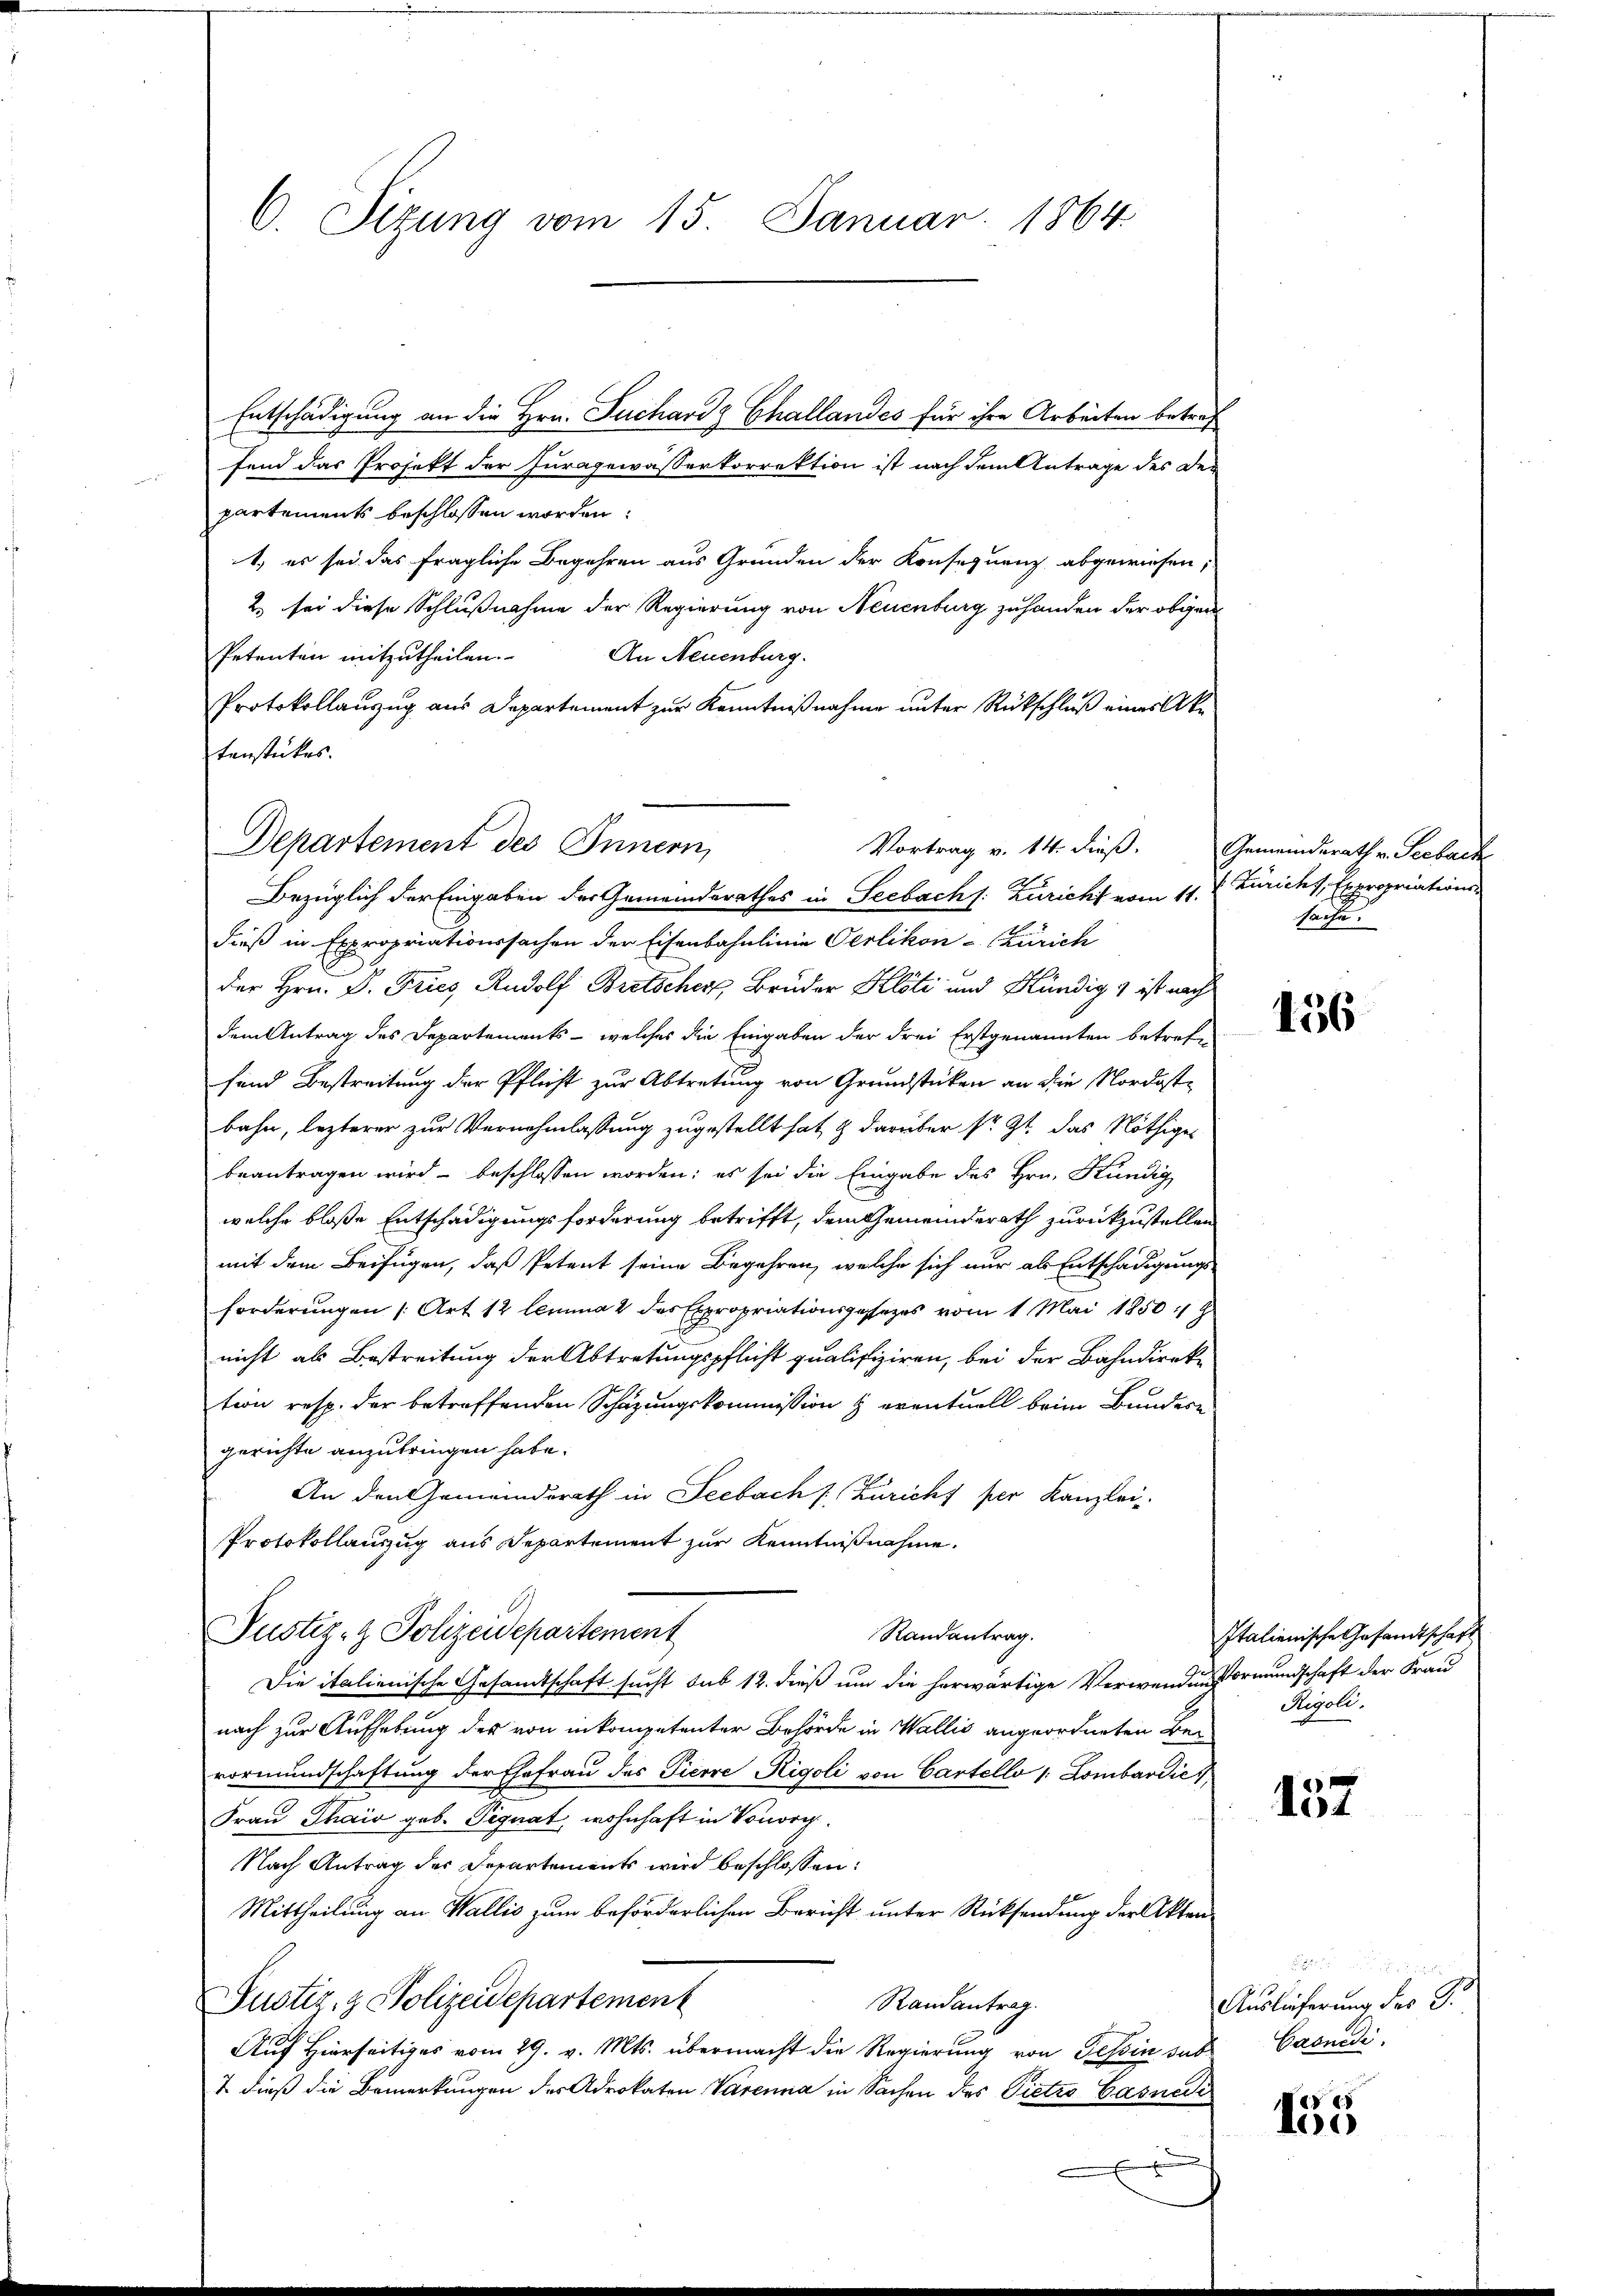
C. Sizung vom 15. Januar 1864

Entschädigung an die Hrn. Fuchards Challandes für ihre Arbeiten betref
fend das Projekt der Juragewässerkorrektion ist nach dem Antrage des Departements beschlossen worden.
1.) es sei das fragliche Begehren aus Grunden der Konsequenz abgewiesen,
2. sei diese Schlußnahme der Regierung von Neuenburg zuhanden der obgen
Petenten mitzutheilen. An Neuenburg.
Protokollanzug aus Departement zur Kenntnißnahme unter Rückschluß eines Aktenstückes.
Bezüglich der Eingaben der Gemeindsrathes in Seebach s. Züricht vom 11. J. Züricht, Expropriations-
dieß in Expropriationssachen der Eisenbahnlinie Oerlikon-Zürich
der Hrn. P. Fries, Rudolf Bretscher, Bruder Klöti und Kündig & ist nach
dem Antrag des Departements - welches die Eingaben der drei Erstgenannten betreffand Bestreitung der Pflicht zur Abtretung von Grundstücken an die Nordostbahn, lezterer zur Vernehmlassung zugestellt hat, & darüber sr. Zt. das Nöthiger
beantragen wird beschlossen worden; es sei die Eingabe des Hrn. Stündig
welche bloße Entschädigungsforderung betrifft, dem Gemeinderath zurückzustellen
mit dem Beifügen, daß Petent seine Begehren, welche sich nur als Entschädigungsforderungen (Art. 12 lemma 2 des Expropriationsgesezes vom 1. Mai 1850 :/ z
nicht als Bestreitung der Abtretungspflicht qualifiziren, bei der Bahndirektion resp. der betreffenden Schazungskommission & eventuell beim Bundern
gerichte anzubringen habe.
An den Gemeinderath in Seebach [Züricht per Kanzlei
Protokollauszug aus Departement zur Kenntnißnahme.
Pustiz- & Polizeidepartement
Randantrag.
Die italienische Gesandtschaft sucht sub 12. dieß um die herwärtige Verwendung vormundschaft der Frau
nach zur Aufhebung des von in kompetenter Behörde in Wallis angeordneten Be-
vormundschaftung der Ehefrau des Tierre Rigoli von Cartello /: Lombardie
Frau Thaio geb. Signat, wohnhaft in Vonorg
Nach Antrag der Departements wird beschlossen:
Mittheilung an Wallis zum beförderlichen Bericht unter Rücksendung der Akten
Justiz- & Polizeidepartement
Randantrag.
Auf Hierseitiges vom 29. v. Mts. übermacht die Regierung von Tessin das Candi
& dieß die Bemerkungen des Advokaten Varenna in Sachen des Pietro Casnedi

Departement des Innern,
Vortrag v. 14. dieß.

Gemeindsrath v. Seeback
sache.

156

Italienische Gesandtschaft
Rigoli.

157

Auslieferung des G.

100